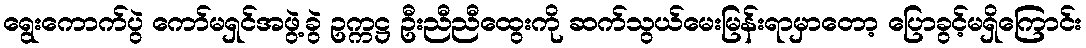
ရွေးကောက်ပွဲ ကော်မရှင်အဖွဲ့ခွဲ ဥက္ကဋ္ဌ ဦးညီညီထွေးကို ဆက်သွယ်မေးမြန်းရာမှာတော့ ပြောခွင့်မရှိကြောင်း